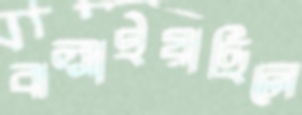
ঝল্‌সাইয়াছিলে